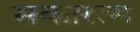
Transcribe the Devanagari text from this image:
सकारत्म